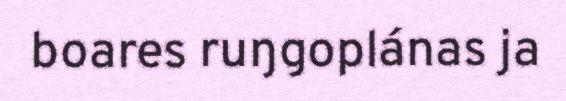
boares ruŋgoplánas ja